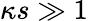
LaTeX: \kappa s\gg 1